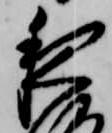
夜